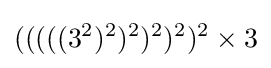
(((((3^{2})^{2})^{2})^{2})^{2})^{2}\times 3